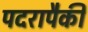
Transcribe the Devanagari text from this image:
पदरापैकी